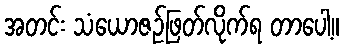
အတင်း သံယောဇဉ်ဖြတ်လိုက်ရ တာပေါ့။